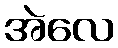
အဲလေ